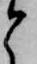
と